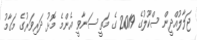
ޖަލާލުއްދީން ސްކޫލުގެ 2019 ގެ މަތީ ސަނާވީ އެންމެ މޮޅު ދަރިވަރުގެ މަގާމު